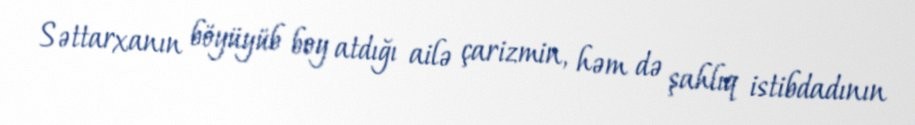
Səttarxanın böyüyüb boy atdığı ailə çarizmin, həm də şahlıq istibdadının